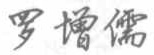
罗增儒